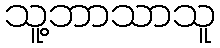
သူ့ဘာသာသူ